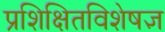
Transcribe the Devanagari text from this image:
प्रशिक्षितविशेषज्ञ